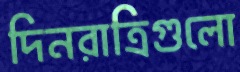
দিনরাত্রিগুলো